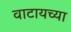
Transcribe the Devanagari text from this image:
वाटायच्या